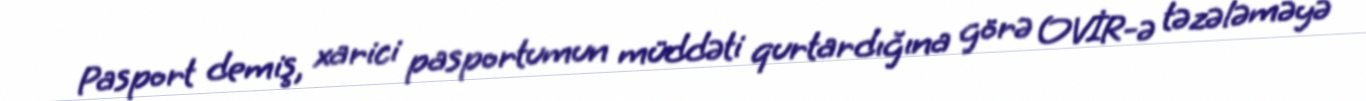
Pasport demiş, xarici pasportumun müddəti qurtardığına görə OVİR-ə təzələməyə